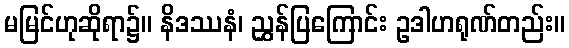
မမြင်ဟုဆိုရာ၌။ နိဒဿနံ၊ ညွှန်ပြကြောင်း ဥဒါဟရုဏ်တည်း။